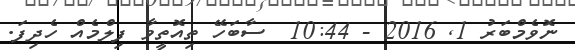
ނޮވެމްބަރު 1